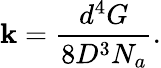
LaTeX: \mathbf{k}=\frac{{d^{4}G}}{{8D^{3}N_{a}}}.